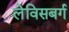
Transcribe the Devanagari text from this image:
लेविसबर्ग